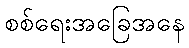
စစ်ရေးအခြေအနေ